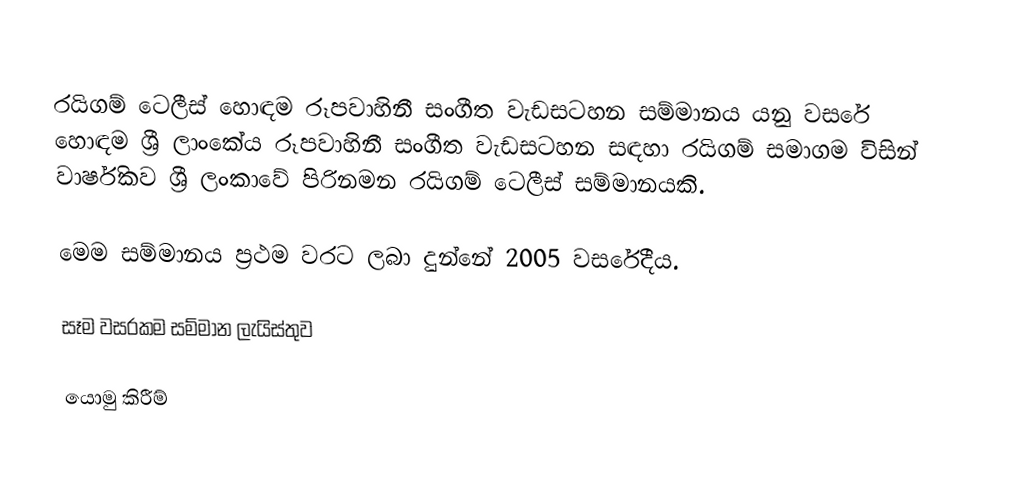
රයිගම් ටෙලීස් හොඳම රූපවාහිනී සංගීත වැඩසටහන සම්මානය යනු වසරේ හොඳම ශ්‍රී ලාංකේය රූපවාහිනී සංගීත වැඩසටහන සඳහා රයිගම් සමාගම විසින් වාර්ෂිකව ශ්‍රී ලංකාවේ පිරිනමන රයිගම් ටෙලීස් සම්මානයකි.

මෙම සම්මානය ප්‍රථම වරට ලබා දුන්නේ 2005 වසරේදීය.

සෑම වසරකම සම්මාන ලැයිස්තුව

යොමු කිරීම්